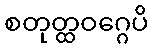
စတုတ္ထဝဂ္ဂေပိ